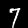
Label: 7